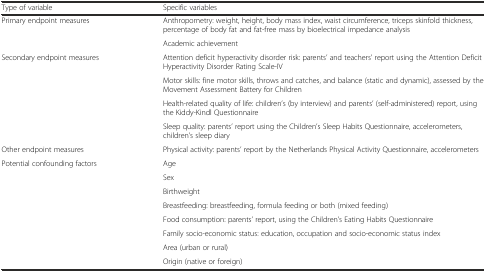
<table><thead><tr><td><b>Type of variable</b></td><td><b>Specific variables</b></td></tr></thead><tbody><tr><td rowspan="2">Primary endpoint measures</td><td>Anthropometry: weight, height, body mass index, waist circumference, triceps skinfold thickness, percentage of body fat and fat-free mass by bioelectrical impedance analysis</td></tr><tr><td>Academic achievement</td></tr><tr><td rowspan="4">Secondary endpoint measures</td><td>Attention deficit hyperactivity disorder risk: parents’ and teachers’ report using the Attention Deficit Hyperactivity Disorder Rating Scale-IV</td></tr><tr><td>Motor skills: fine motor skills, throws and catches, and balance (static and dynamic), assessed by the Movement Assessment Battery for Children</td></tr><tr><td>Health-related quality of life: children’s (by interview) and parents’ (self-administered) report, using the Kiddy-Kindl Questionnaire</td></tr><tr><td>Sleep quality: parents’ report using the Children’s Sleep Habits Questionnaire, accelerometers, children’s sleep diary</td></tr><tr><td>Other endpoint measures</td><td>Physical activity: parents’ report by the Netherlands Physical Activity Questionnaire, accelerometers</td></tr><tr><td rowspan="8">Potential confounding factors</td><td>Age</td></tr><tr><td>Sex</td></tr><tr><td>Birthweight</td></tr><tr><td>Breastfeeding: breastfeeding, formula feeding or both (mixed feeding)</td></tr><tr><td>Food consumption: parents’ report, using the Children’s Eating Habits Questionnaire</td></tr><tr><td>Family socio-economic status: education, occupation and socio-economic status index</td></tr><tr><td>Area (urban or rural)</td></tr><tr><td>Origin (native or foreign)</td></tr></tbody></table>